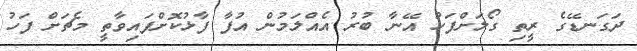
ދަގަނޑޭގެ ރީތި ގޯލަށްފަހު އޭނާ ބުރު އެއްލަމުން އުފާ ފާޅުކޮށްފައިވާތީ މެޗަށް ފަހު